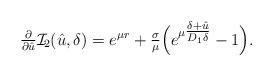
LaTeX: \begin{align*} \tfrac{\partial}{\partial \hat u}\mathcal{I}_{\!2}(\hat u,\delta) =e^{\mu r} + \tfrac{\sigma}{\mu} \Bigl( e^{\mu\tfrac{\delta + \hat u}{D_1\delta}} - 1\Bigr).\end{align*}